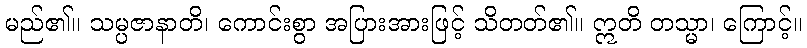
မည်၏။ သမ္ပဇာနာတိ၊ ကောင်းစွာ အပြားအားဖြင့် သိတတ်၏။ ဣတိ တသ္မာ၊ ကြောင့်။